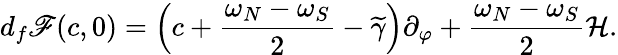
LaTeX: d_{f}\mathscr{F}(c,0)=\Big(c+\frac{\omega_{N}-\omega_{S}}{2}-\widetilde{\gamma}\Big)\partial_{\varphi}+\frac{\omega_{N}-\omega_{S}}{2}\mathcal{H}.